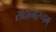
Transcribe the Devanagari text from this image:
सदात्मरूपम्